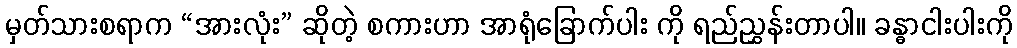
မှတ်သားစရာက “အားလုံး” ဆိုတဲ့ စကားဟာ အာရုံခြောက်ပါး ကို ရည်ညွှန်းတာပါ။ ခန္ဓာငါးပါးကို